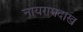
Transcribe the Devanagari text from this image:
नायरामदाख